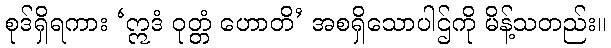
စုဒ်ရှိရကား ‘ဣဒံ ဝုတ္တံ ဟောတိ’ အစရှိသောပါဌ်ကို မိန့်သတည်း။